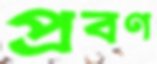
প্রবণ